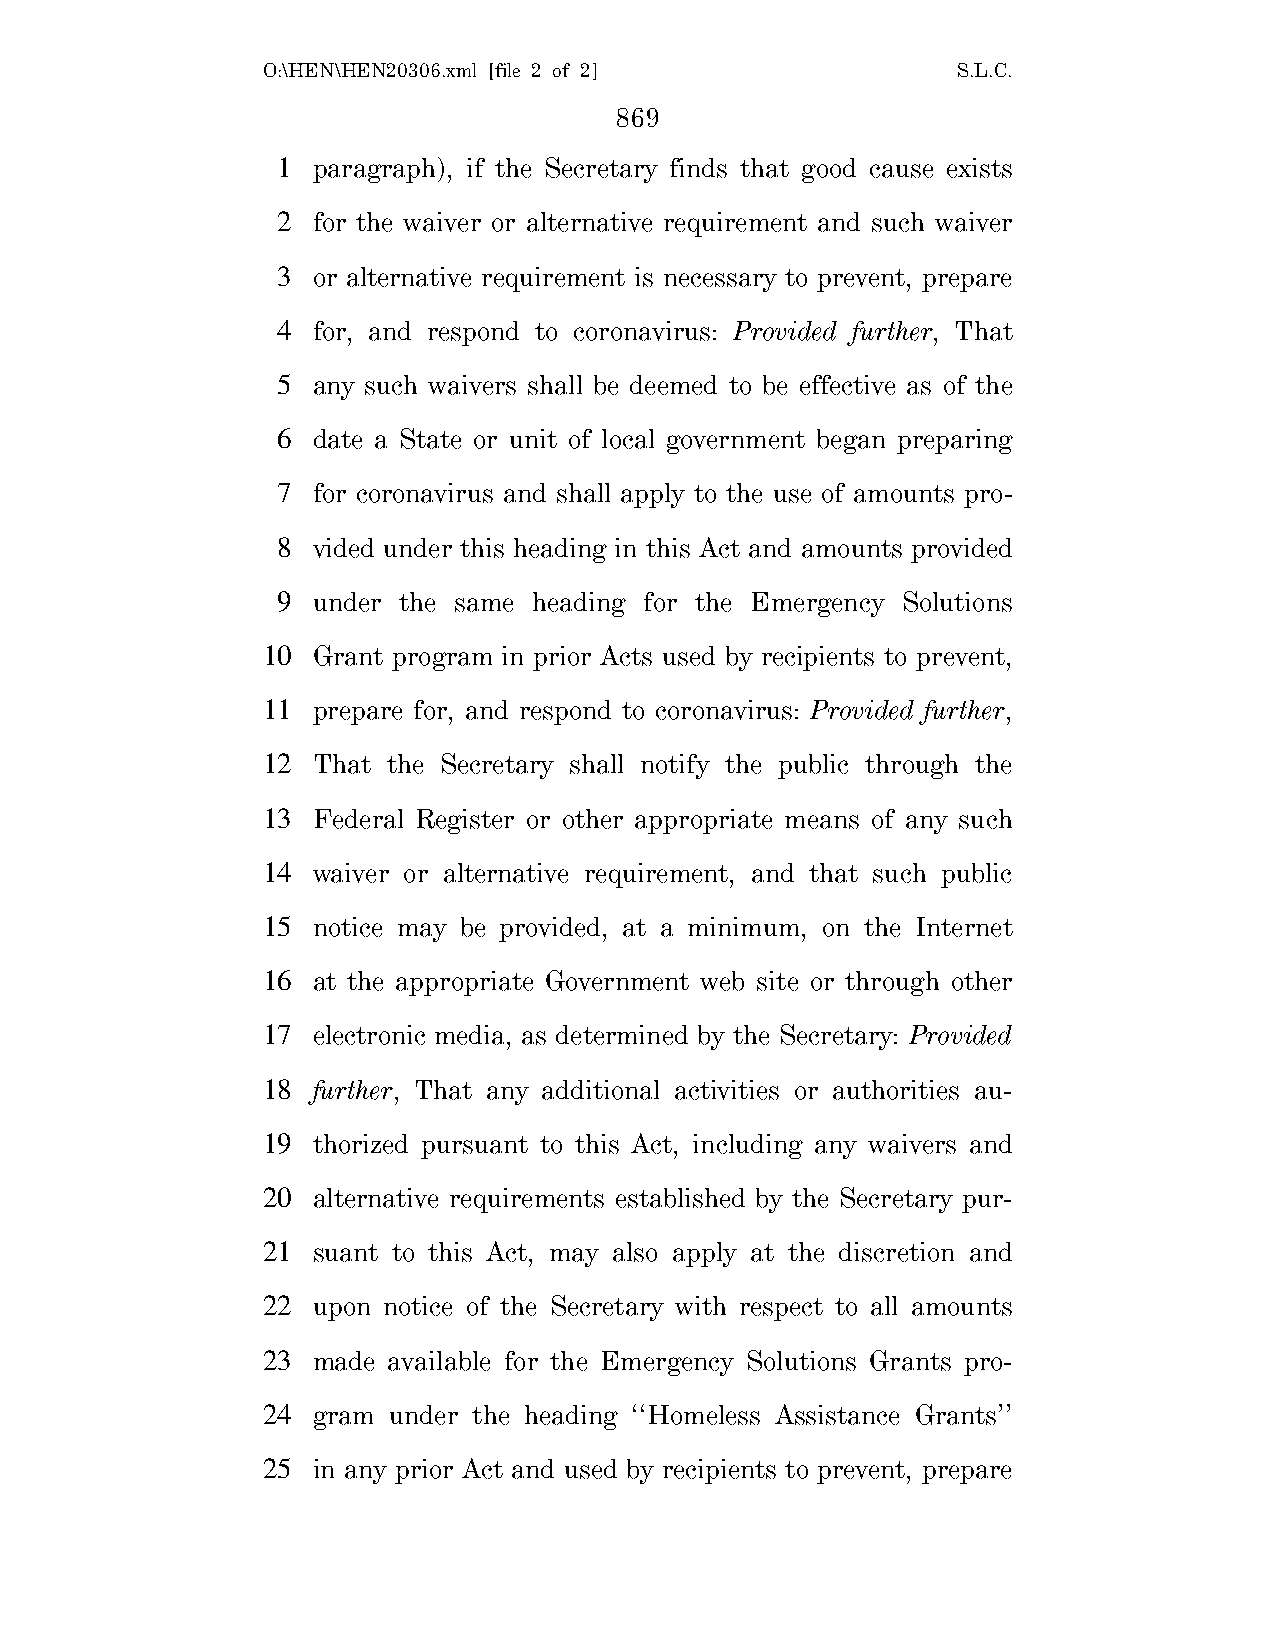
O:\HEN\HEN20306.xml [file 2 of 2]             S.L.C.
 869
 1  paragraph), if the Secretary finds that good cause exists
 2  for the waiver or alternative requirement and such waiver
 3  or alternative requirement is necessary to prevent, prepare
 4  for, and respond to coronavirus: Provided further, That
 5  any such waivers shall be deemed to be effective as of the
 6  date a State or unit of local government began preparing
 7  for coronavirus and shall apply to the use of amounts pro-
 8  vided under this heading in this Act and amounts provided
 9  under the same heading for the Emergency Solutions
 10  Grant program in prior Acts used by recipients to prevent,
 11  prepare for, and respond to coronavirus: Provided further,
 12  That the Secretary shall notify the public through the
 13  Federal Register or other appropriate means of any such
 14  waiver or alternative requirement, and that such public
 15  notice may be provided, at a minimum, on the Internet
 16  at the appropriate Government web site or through other
 17  electronic media, as determined by the Secretary: Provided
 18  further, That any additional activities or authorities au-
 19  thorized pursuant to this Act, including any waivers and
 20  alternative requirements established by the Secretary pur-
 21  suant to this Act, may also apply at the discretion and
 22  upon notice of the Secretary with respect to all amounts
 23  made available for the Emergency Solutions Grants pro-
 24  gram under the heading ‘‘Homeless Assistance Grants’’
 25  in any prior Act and used by recipients to prevent, prepare